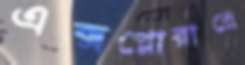
এক্সপ্লোরারে